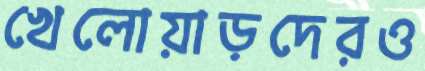
খেলোয়াড়দেরও